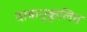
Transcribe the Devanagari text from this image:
दाबानुकुलित